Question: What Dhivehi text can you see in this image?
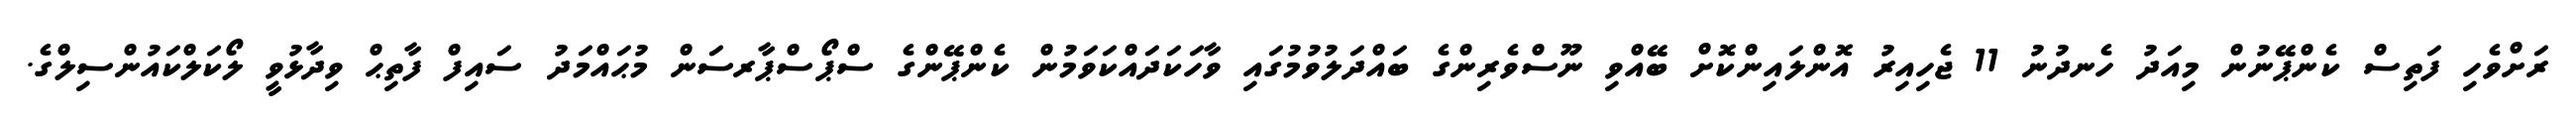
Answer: ރަށްވެހި ފަތިސް ކެންޕޭނުން މިއަދު ހެނދުނު 11 ޖެހިއިރު އޮންލައިންކޮށް ބޭއްވި ނޫސްވެރިންގެ ބައްދަލުވުމުގައި ވާހަކަދައްކަވަމުން ކެންޕޭންގެ ސްޕޯސްޕާރސަން މުޙައްމަދު ސައިފް ފާތިޙް ވިދާޅުވީ ލޯކަލްކައުންސިލްގެ.